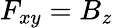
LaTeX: F_{xy}=B_{z}